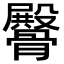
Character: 𩪡